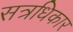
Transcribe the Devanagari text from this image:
सत्रधिकार